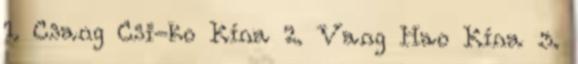
1. Csang Csi-ko Kína 2. Vang Hao Kína 3.